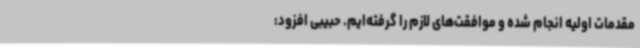
مقدمات اولیه انجام شده و موافقت‌های لازم را گرفته‌ایم. حبیبی افزود: